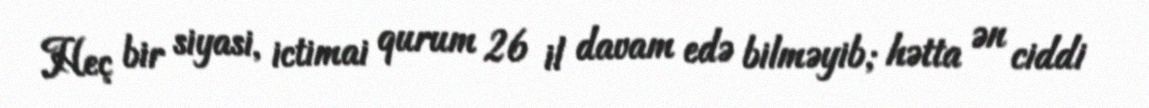
Heç bir siyasi, ictimai qurum 26 il davam edə bilməyib; hətta ən ciddi